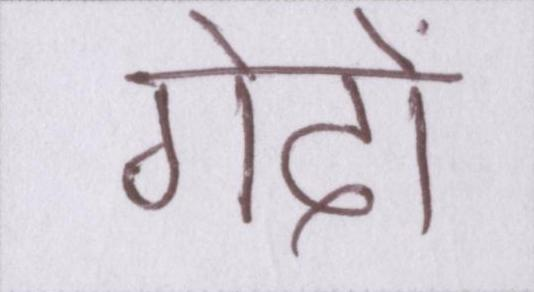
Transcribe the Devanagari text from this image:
गेंदों